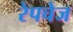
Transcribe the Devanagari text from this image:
रेपचेज